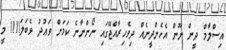
އިސްލާމް ދީން ނޫން އެހެންދީނެއް ދިވެހިރާއްޖޭގައި ނޯންނާނެ ކަމަށް ވަޢުދު ވެބަލަ!!!! މީ